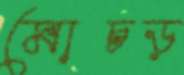
মোচড়